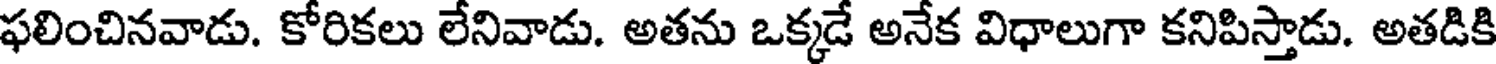
ఫలించినవాడు. కోరికలు లేనివాడు. అతను ఒక్కడే అనేక విధాలుగా కనిపిస్తాడు. అతడికి